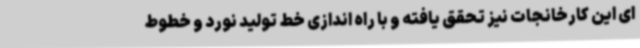
ای این کارخانجات نیز تحقق یافته و با راه اندازی خط تولید نورد و خطوط